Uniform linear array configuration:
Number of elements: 4
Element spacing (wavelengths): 0.25
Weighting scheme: cosine
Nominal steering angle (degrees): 15
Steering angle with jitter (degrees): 13.047
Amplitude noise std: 0.05
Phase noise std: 0.05

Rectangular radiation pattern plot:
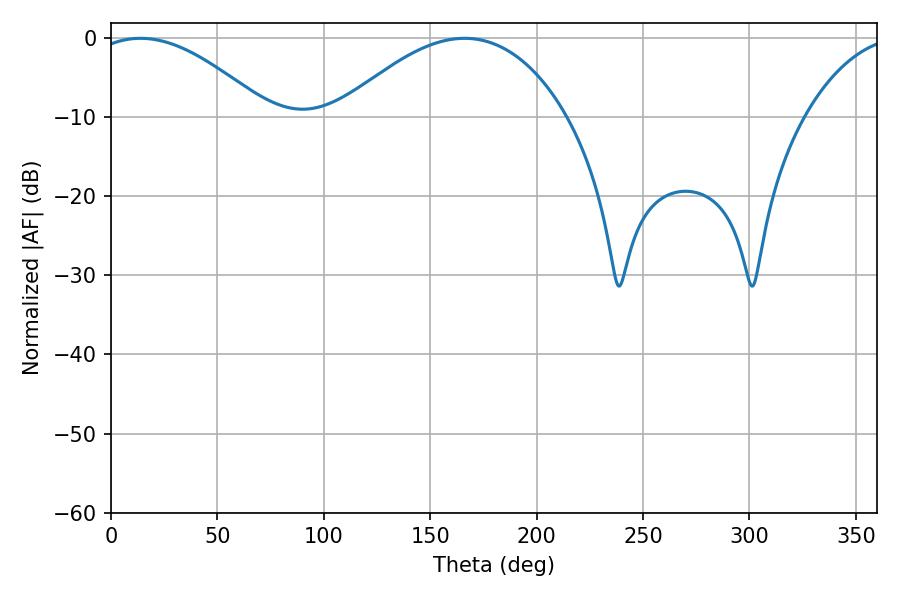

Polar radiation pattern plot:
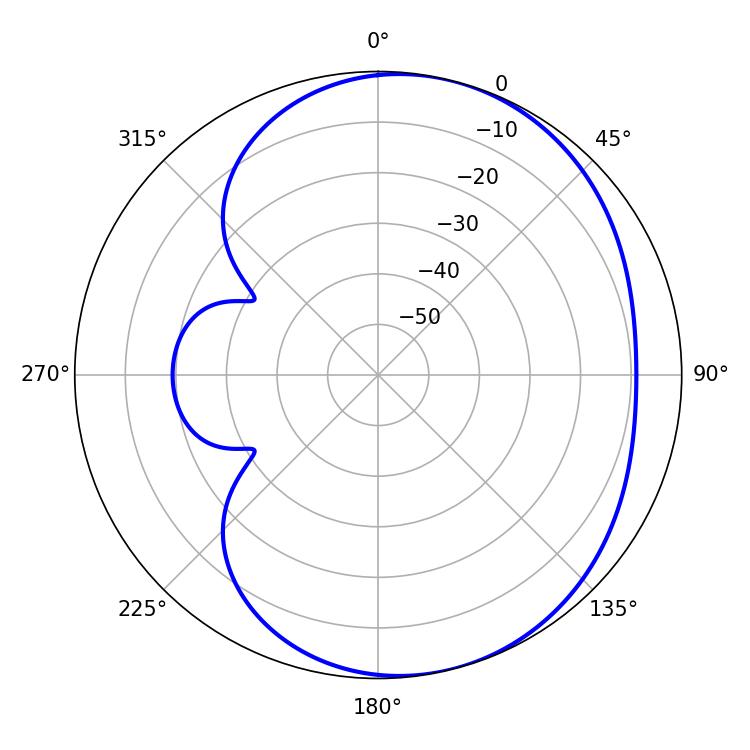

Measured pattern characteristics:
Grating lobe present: FALSE
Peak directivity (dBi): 4.804
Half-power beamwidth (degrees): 45.72
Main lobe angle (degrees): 13.86